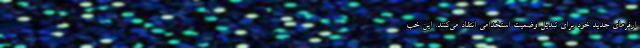
ارفرمای جدید خود برای تبدیل وضعیت استخدامی انتقاد می‌کنند. این خب